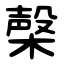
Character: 㯏